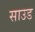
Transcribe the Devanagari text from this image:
साउड